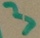
Text: 3